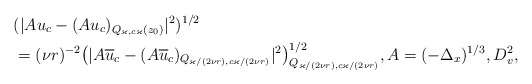
\begin{align*} &(|A u_c - (A u_c)_{ Q_{ \varkappa, c \varkappa} (z_0)}|^2)^{1/2}\\&= (\nu r)^{-2}\big(|A \overline{ u}_{c} - (A \overline{ u}_{c})_{ Q_{\varkappa/(2\nu r), c \varkappa/(2\nu r)} }|^2\big)^{1/2}_{ Q_{\varkappa/(2\nu r), c \varkappa/(2\nu r)} }, A = (-\Delta_x)^{1/3}, D^2_v,\end{align*}